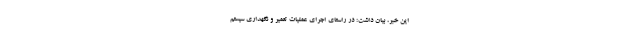
این خبر، بیان داشت: در راستای اجرای عملیات تعمیر و نگهداری سیستم